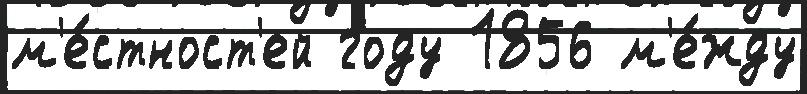
м'е́стност'ей году 1856 м'е́жду